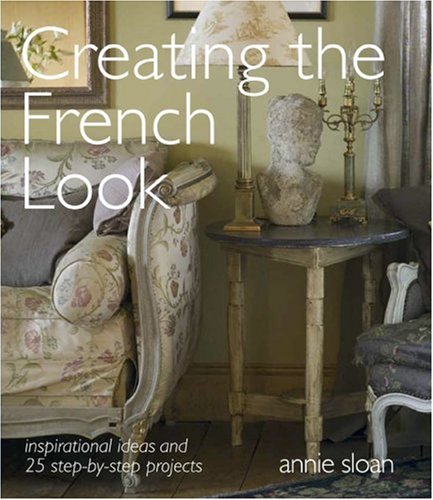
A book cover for Creating the French Look: Inspirational Ideas and 25 Step-By-Step Projects; Annie Sloan; Crafts, Hobbies & Home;